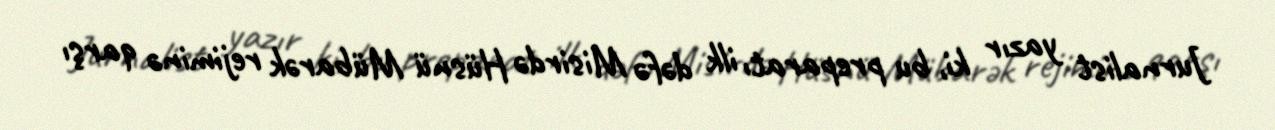
Jurnalist yazır ki, bu preparatı ilk dəfə Misirdə Hüsnü Mübarək rejiminə qarşı